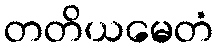
တတိယမေတံ